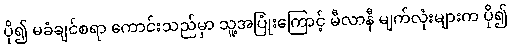
ပို၍ မခံချင်စရာ ကောင်းသည်မှာ သူ့အပြုံးကြောင့် မီလာနီ မျက်လုံးများက ပို၍